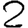
Digit: 2